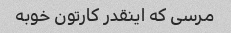
مرسی که اینقدر کارتون خوبه